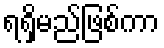
ရရှိမည်ဖြစ်ကာ